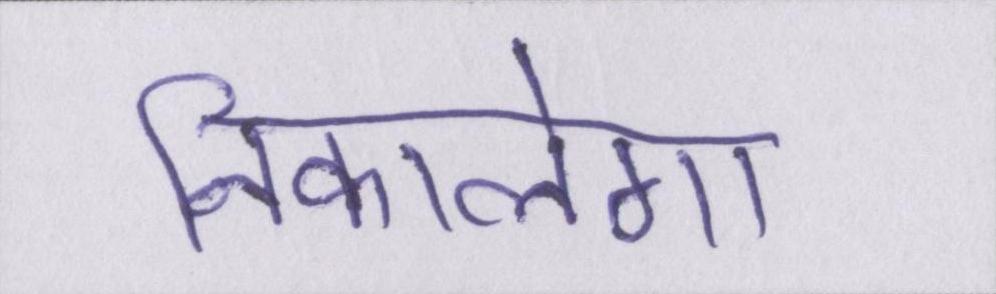
निकालेगा